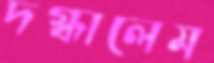
দগ্ধালেম